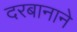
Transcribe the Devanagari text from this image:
दरबानाने